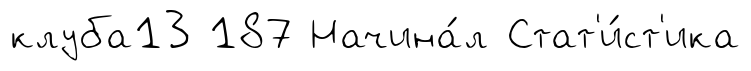
клуба13 187 Начина́л Стат'и́ст'ика